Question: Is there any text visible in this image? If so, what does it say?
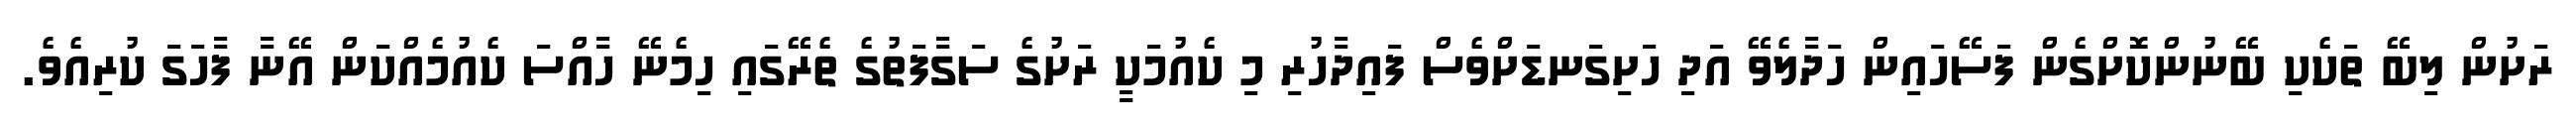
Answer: ރަށުން ލިބޭ ތަކެކި ބޭނުންކޮށްގެން ފަސޭހައިން ހަދާލެވޭ އަދި ހަށިގަނޑަށްވެސް ފައިދާހުރި މި ކެއުމަކީ ރަށުގެ ސަގާފަތުގެ ތެރޭގައި ހިމެނޭ ހާއްސަ ކެއުމެއްކަން އޭނާ ފާހަގަ ކުރިއެވެ.